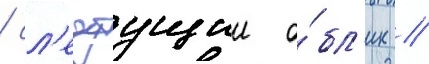
/ сл'едуущии о́бл'ик //